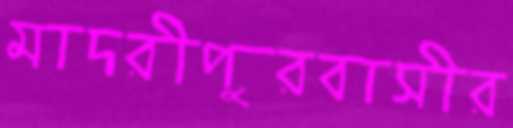
মাদরীপুরবাসীর